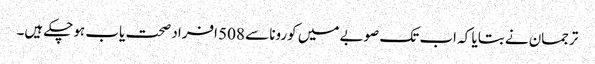
ترجمان نے بتایا کہ اب تک صوبے میں کورونا سے 508 افراد صحت یاب ہوچکے ہیں۔